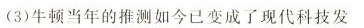
(3)牛顿当年的推测如今已变成了现代科技发